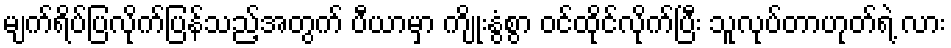
မျက်ရိပ်ပြလိုက်ပြန်သည့်အတွက် ပီယာမှာ ကျိုးနွံစွာ ဝင်ထိုင်လိုက်ပြီး သူလုပ်တာဟုတ်ရဲ့ လား